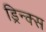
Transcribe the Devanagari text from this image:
ड्रिन्क्स